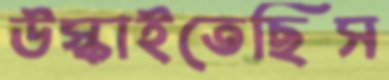
উস্‌কাইতেছিস